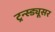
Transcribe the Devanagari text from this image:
ट्रन्स्ड्यूसर